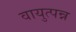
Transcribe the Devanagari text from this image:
वायुत्पन्न